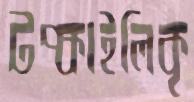
টপ্‌কাইলিকৃ